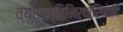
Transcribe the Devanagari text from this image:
व्युत्पत्तिनिर्धारिणादि